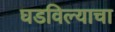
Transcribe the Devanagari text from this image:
घडविल्याचा